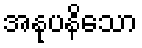
အနုပနိသော